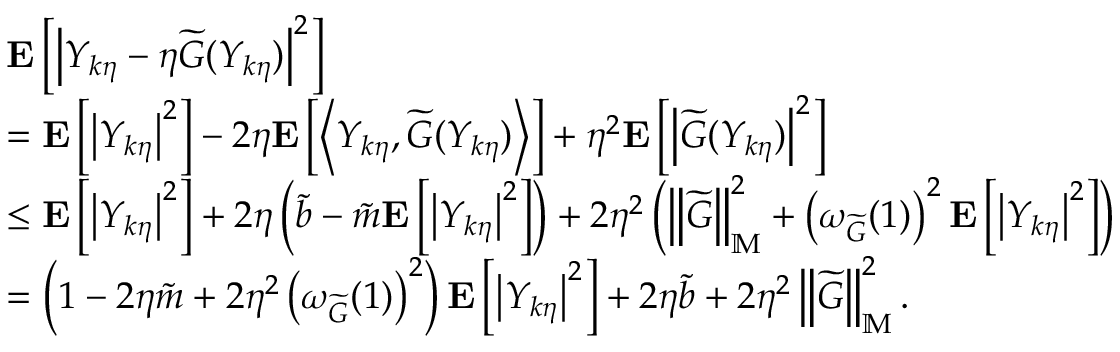
\begin{array} { r l } & { \mathbf { E } \left[ \left| Y _ { k \eta } - \eta \widetilde { G } ( Y _ { k \eta } ) \right| ^ { 2 } \right] } \\ & { = \mathbf { E } \left[ \left| Y _ { k \eta } \right| ^ { 2 } \right] - 2 \eta \mathbf { E } \left[ \left\langle Y _ { k \eta } , \widetilde { G } ( Y _ { k \eta } ) \right\rangle \right] + \eta ^ { 2 } \mathbf { E } \left[ \left| \widetilde { G } ( Y _ { k \eta } ) \right| ^ { 2 } \right] } \\ & { \le \mathbf { E } \left[ \left| Y _ { k \eta } \right| ^ { 2 } \right] + 2 \eta \left( \Tilde { b } - \Tilde { m } \mathbf { E } \left[ \left| Y _ { k \eta } \right| ^ { 2 } \right] \right) + 2 \eta ^ { 2 } \left( \left\| \widetilde { G } \right\| _ { \mathbb { M } } ^ { 2 } + \left( \omega _ { \widetilde { G } } ( 1 ) \right) ^ { 2 } \mathbf { E } \left[ \left| Y _ { k \eta } \right| ^ { 2 } \right] \right) } \\ & { = \left( 1 - 2 \eta \Tilde { m } + 2 \eta ^ { 2 } \left( \omega _ { \widetilde { G } } ( 1 ) \right) ^ { 2 } \right) \mathbf { E } \left[ \left| Y _ { k \eta } \right| ^ { 2 } \right] + 2 \eta \Tilde { b } + 2 \eta ^ { 2 } \left\| \widetilde { G } \right\| _ { \mathbb { M } } ^ { 2 } . } \end{array}